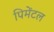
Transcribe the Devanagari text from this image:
पिमेंटल